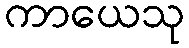
ကာယေသု